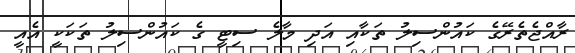
ރާއްޖެތެރޭގެ ކައުންސިލު ތަކާއި އަދި މާލެ ސިޓީ ގެ ކައުންސިލު ތަކަކީ އެއީ